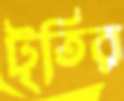
টৃতির